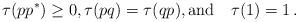
LaTeX: \begin{align*}\tau(pp^*)\ge 0, \tau(pq)=\tau(qp),\mbox{and}\quad\tau(1)=1\,.\end{align*}